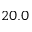
2 0 . 0